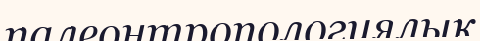
палеонтропологиялық